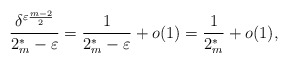
\begin{align*}\frac{\delta^{\varepsilon\frac{m-2}{2}}}{2_{m}^{*}-\varepsilon}=\frac{1}{2_{m}^{*}-\varepsilon}+o(1)=\frac{1}{2_{m}^{*}}+o(1),\end{align*}